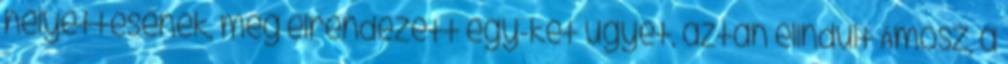
helyettesének, még elrendezett egy-két ügyet, aztán elindult Ámósz, a